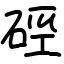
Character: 硜